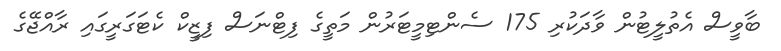
ބާވީސް އެތުލީޓުން ވާދަކުރި 175 ސެންޓިމީޓަރުން މަތީގެ ފިޓްނަސް ފިޒީކް ކެޓަގަރީގައި ރާއްޖޭގެ